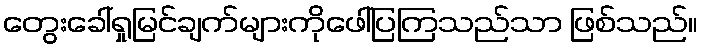
တွေးခေါ်ရှုမြင်ချက်များကိုဖေါ်ပြကြသည်သာ ဖြစ်သည်။